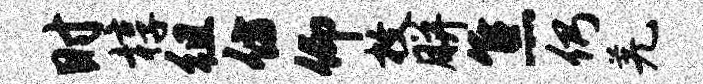
时椁徂仿仰枚胼焦仍羌